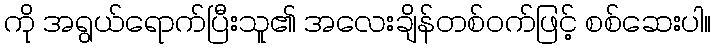
ကို အရွယ်ရောက်ပြီးသူ၏ အလေးချိန်တစ်ဝက်ဖြင့် စစ်ဆေးပါ။